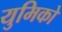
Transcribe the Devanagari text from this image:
युमिको